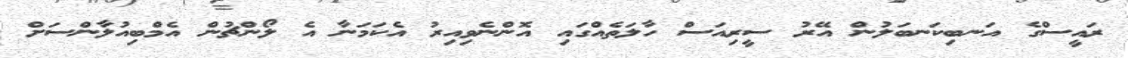
ރައީސްގެ އަނބިކަނބަލުން އޭރު ސީރިއަސް ހާލަތެއްގައި އޮންނެވިއިރު އެކަމަނާ އެ ލޯންޗުން އެމްބިއުލާންސަށް